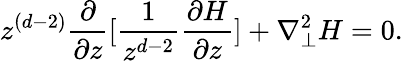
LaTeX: z^{(d-2)}\frac{\partial}{{\partial}z}[\frac{1}{z^{d-2}}\frac{{\partial}H}{{\partial}z}]+{\nabla}_{\perp}^{2}H=0.